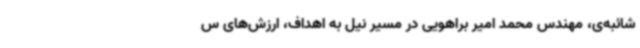
شائبه‌ی، مهندس محمد امیر براهویی در مسیر نیل به اهداف، ارزش‌های س